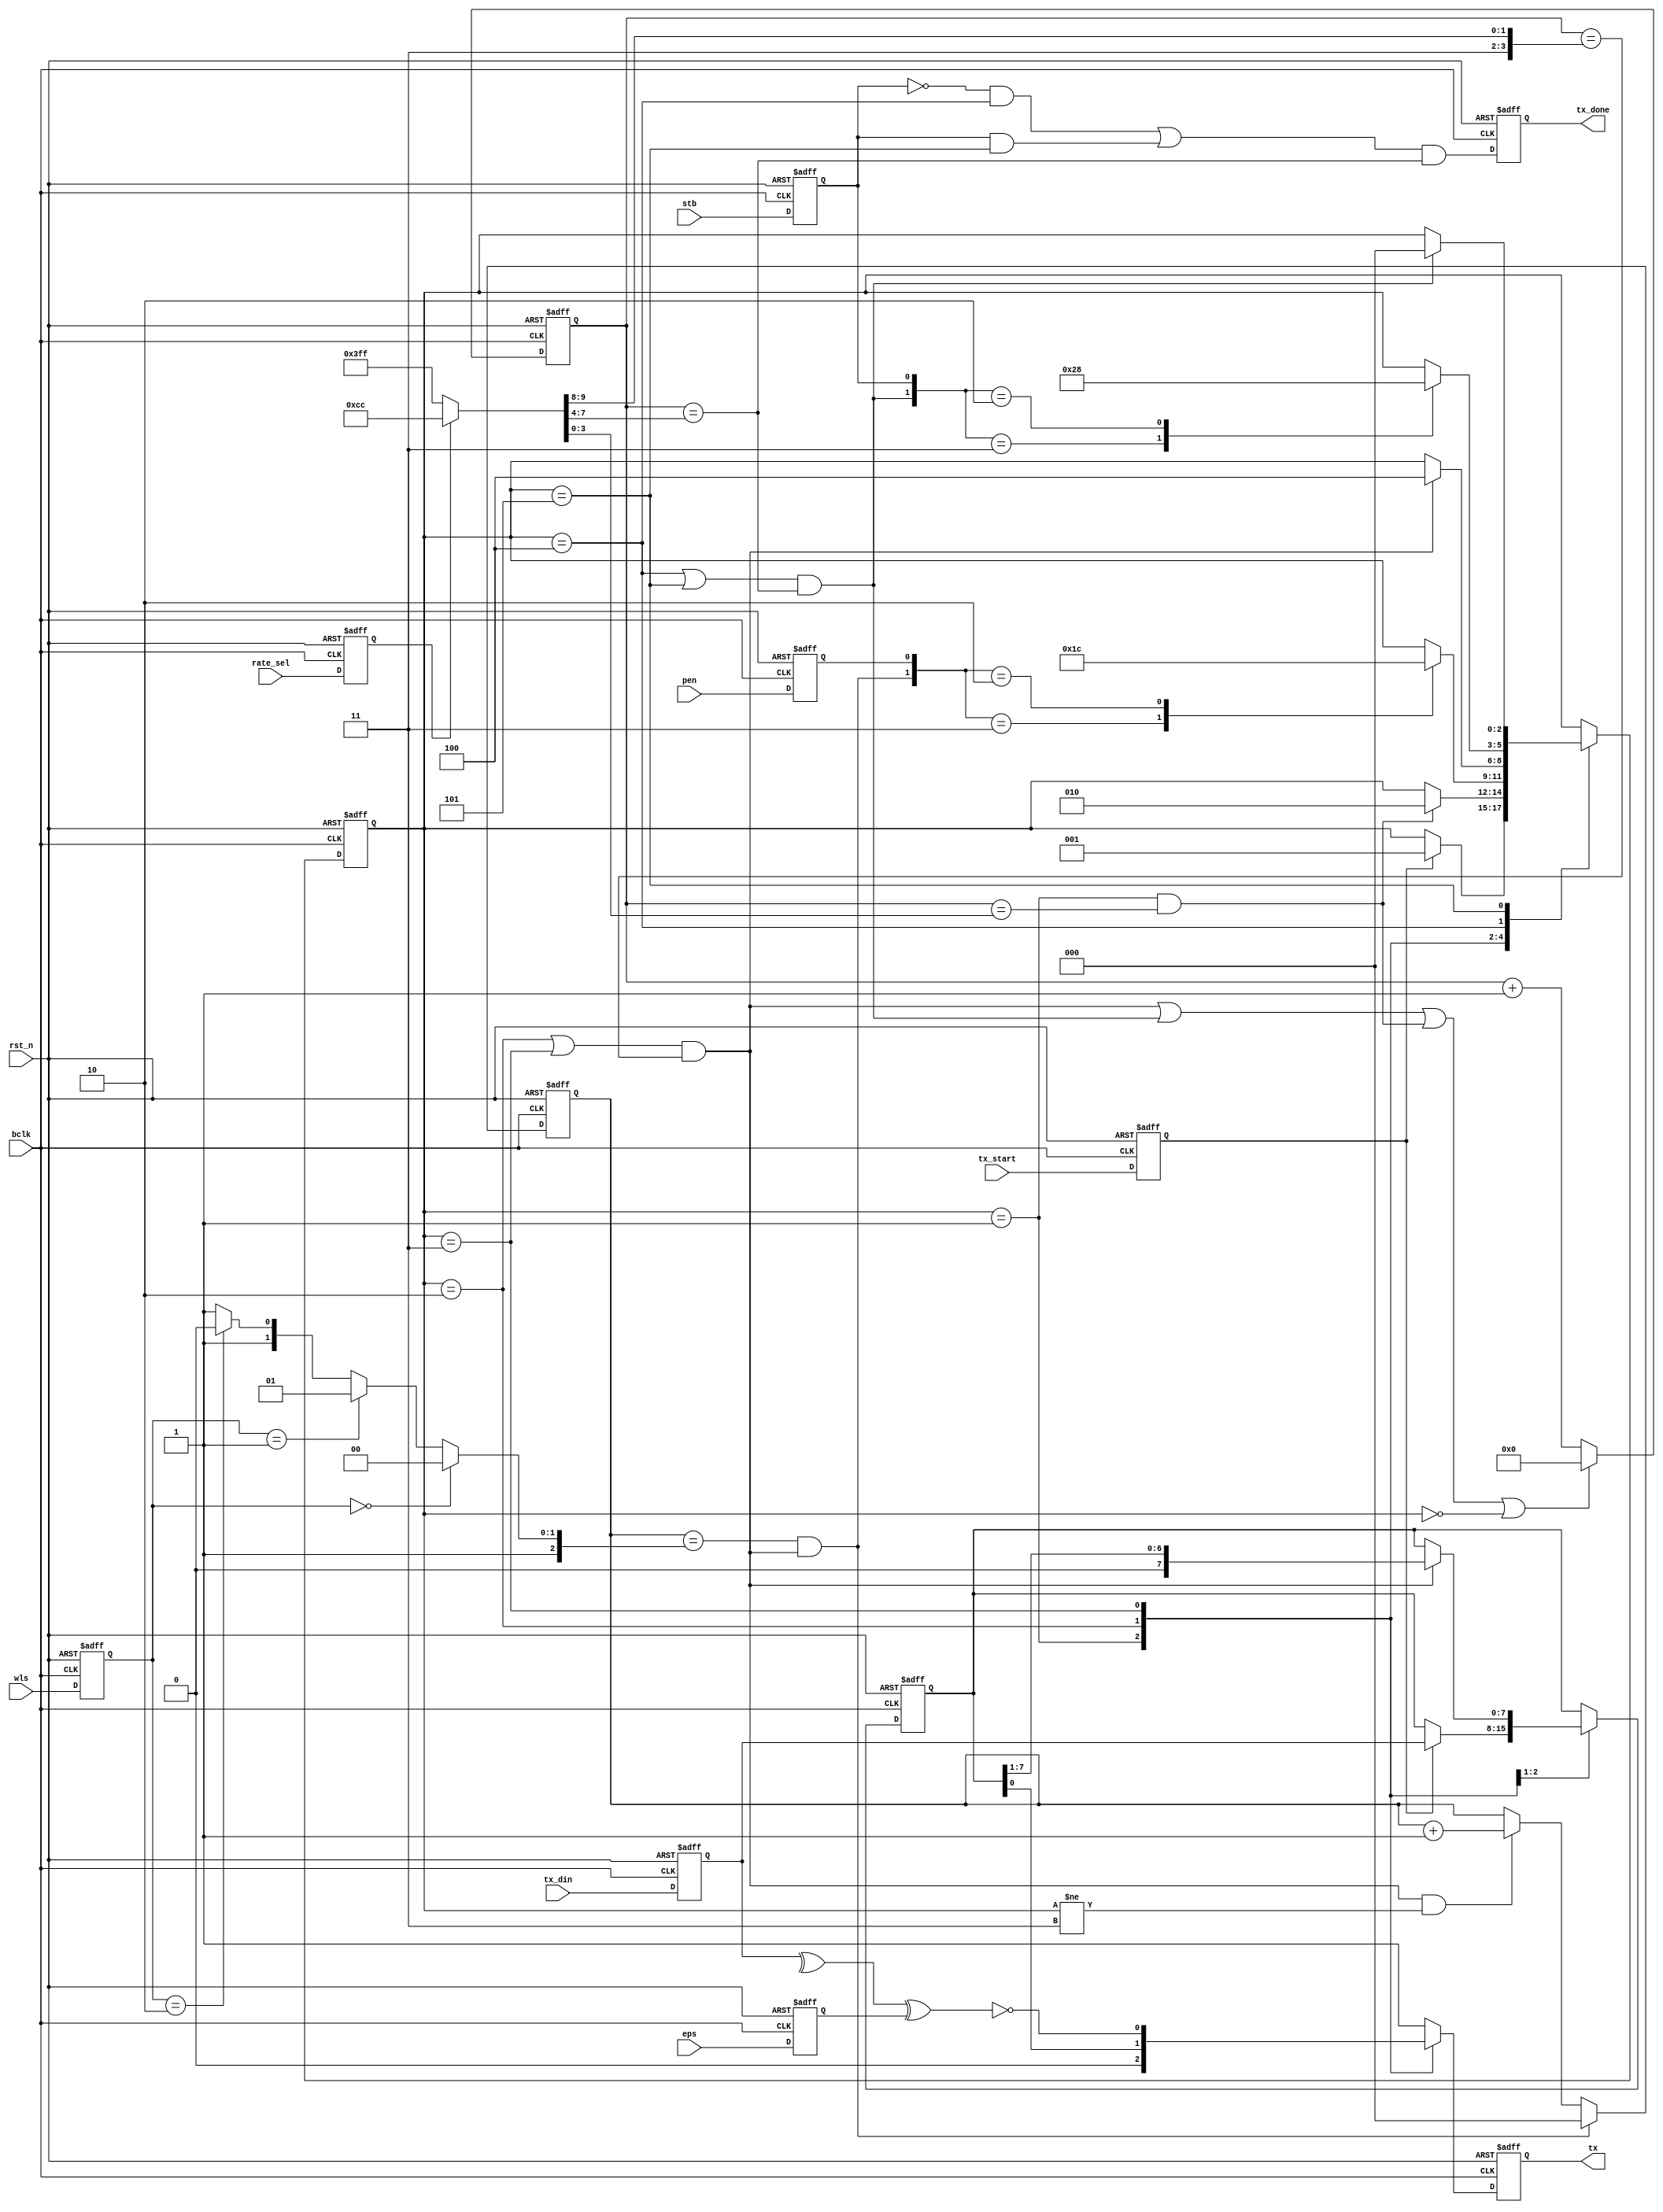
`timescale 1ns/10ps
module uart_tx (
   input wire       bclk,
   input wire       rst_n,
   input wire [7:0] tx_din,
   input wire       tx_start,
   input wire       rate_sel,
   input wire       pen,
   input wire       eps,
   input wire       stb,
   input wire [1:0] wls,
   output reg       tx_done,
   output reg       tx
);
   
   // Internal signals
   reg  [7:0]  tx_din_s1;
   reg  [7:0]  tx_reg;
   reg  [7:0]  tx_next;
   reg         tx_start_s1;
   reg         rate_sel_s1;
   reg         pen_s1;
   reg         eps_s1;
   reg         stb_s1;
   reg  [1:0]  wls_s1;
   reg  [2:0]  current_state;
   reg  [2:0]  next_state;
   reg  [3:0]  count;
   reg  [2:0]  bit_num;
   wire        hold_done;
   wire        bit_done;
   wire        data_frame_done;
   wire        stop_done;
   reg         tx_tmp;
   wire        tx_done_tmp;
   wire        clr_counter;
   wire [3:0]  DBIT;
   wire [3:0]  SBIT;
   wire [3:0]  HBIT;
   wire [2:0]  NBIT;

   // State encode
   parameter [2:0] IDLE   = 3'd0;
   parameter [2:0] HOLD   = 3'd1;
   parameter [2:0] SHIFT  = 3'd2;
   parameter [2:0] PARITY = 3'd3;
   parameter [2:0] STOP_1 = 3'd4;
   parameter [2:0] STOP_2 = 3'd5;

   // Front ff
   always @(posedge bclk, negedge rst_n) begin
      if(!rst_n) begin
         tx_din_s1   <= 0;
         tx_start_s1 <= 0; 
         rate_sel_s1 <= 0; 
         pen_s1      <= 0; 
         eps_s1      <= 0; 
         stb_s1      <= 0; 
         wls_s1      <= 0; 
      end
      else begin
         tx_din_s1   <= tx_din;
         tx_start_s1 <= tx_start;
         rate_sel_s1 <= rate_sel;
         pen_s1      <= pen;
         eps_s1      <= eps;
         stb_s1      <= stb;
         wls_s1      <= wls;
      end
   end

   // State memory
   always @(posedge bclk, negedge rst_n) begin
      if (!rst_n) begin
         current_state <= IDLE;
      end
      else begin
         current_state <= next_state;
      end
   end

   // Next-state logic
   always @(*) begin
      case (current_state)
         IDLE: begin
            if (tx_start_s1) begin
               next_state = HOLD;
            end
            else begin
               next_state = current_state;
            end
         end
         HOLD: begin
            if (hold_done) begin
               next_state = SHIFT;
            end
            else begin
               next_state = current_state;
            end
         end
         SHIFT: begin
            case ({data_frame_done,pen_s1})
               2'b11: begin
                  next_state = PARITY;
               end
               2'b10: begin
                  next_state = STOP_1;
               end
               default: next_state = current_state;
            endcase
         end
         PARITY: begin
            if (bit_done) begin
               next_state = STOP_1;
            end
            else begin
               next_state = current_state;
            end
         end
         STOP_1: begin
            case ({stop_done,stb_s1})
               2'b11: begin
                  next_state = STOP_2;
               end
               2'b10: begin
                  next_state = IDLE;
               end
               default: next_state = current_state;
            endcase
         end
         STOP_2: begin
            if (stop_done) begin
               next_state = IDLE;
            end
            else begin
               next_state = current_state;
            end
         end
         default: next_state = current_state;
      endcase
   end

   // Output logic
   always @(*) begin
      case (current_state)
         IDLE: begin
            tx_tmp = 1'b1;
         end
         HOLD: begin
            tx_tmp = 1'b0;
         end
         SHIFT: begin
            tx_tmp = tx_reg[0];
         end
         PARITY: begin
            tx_tmp = ~(^(tx_din_s1) ^ eps_s1);
         end
         STOP_1: begin
            tx_tmp = 1'b1;
         end
         STOP_2: begin
            tx_tmp = 1'b1;
         end
         default: tx_tmp = 1'b1;
      endcase
   end

   // Sampling rate define
   assign {DBIT,SBIT,HBIT} = (!rate_sel_s1)? {4'd15,4'd15,4'd15} : {4'd12,4'd12,4'd12};

   // Shifting register
   always @(posedge bclk, negedge rst_n) begin
      if (!rst_n) begin
         tx_reg <= 8'b0;
      end
      else begin
         tx_reg <= tx_next;
      end
   end

   always @(*) begin
      case (current_state)
         HOLD: begin
            if (tx_start_s1) begin
               tx_next = tx_din_s1;
            end
            else begin
               tx_next = tx_reg;
            end
         end
         SHIFT: begin
            if (bit_done) begin
               tx_next = {1'b0,tx_reg[7:1]};
            end
            else begin
               tx_next = tx_reg;
            end
         end
         default: tx_next = tx_reg;
      endcase
   end

   // Sampling rate define
   assign {DBIT,SBIT,HBIT} = (!rate_sel_s1)? {4'd15,4'd15,4'd15} : {4'd12,4'd12,4'd12};
   
   // Counter
   always @(posedge bclk, negedge rst_n) begin
      if (!rst_n) begin
         count <= 4'd0;
      end
      else begin
         if (clr_counter || current_state == IDLE) begin
            count <= 4'd0;
         end
         else begin
            count <= count + 4'd1;
         end
      end
   end
   assign bit_done    = (current_state == SHIFT  || current_state == PARITY) & (count == DBIT);
   assign stop_done   = (current_state == STOP_1 || current_state == STOP_2) & (count == SBIT);
   assign hold_done   = (current_state == HOLD)  &  (count == HBIT);
   assign clr_counter = bit_done | stop_done | hold_done;
   
   // WLS encode
   assign NBIT = (wls_s1 == 2'b00)? 3'd4 : (wls_s1 == 2'b01)? 3'd5 : 
                          (wls_s1 == 2'b10)? 3'd6 : (wls_s1 == 2'b11)? 3'd7 : 3'd7;
   
   // Data Bit counter
   always @(posedge bclk, negedge rst_n) begin
      if (!rst_n) begin
         bit_num <= 0;
      end
      else begin
         if (data_frame_done) begin
            bit_num <= 0;
         end
         else begin
            if (bit_done && current_state != PARITY) begin
               bit_num <= bit_num + 3'd1;
            end
         end
      end
   end
   assign data_frame_done = (bit_num == NBIT) & bit_done;

   // Done flag define
   assign tx_done_tmp = ((!stb_s1 & (current_state == STOP_1)) | (stb_s1 & (current_state == STOP_2))) & (count == SBIT);

   // Back ff
   always @(posedge bclk, negedge rst_n) begin
      if (!rst_n) begin
         tx      <= 1'b1;
         tx_done <= 1'b0;
      end
      else begin
         tx      <= tx_tmp;
         tx_done <= tx_done_tmp;
      end
   end

   //always @(*) begin
   //   tx_done = tx_done_tmp;
   //end
endmodule